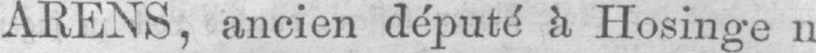
ARENS, ancien député à Hosingen